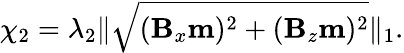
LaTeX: \chi_{2}=\lambda_{2}\| \sqrt{(\mathbf{B}_{x}\mathbf{m})^{2}+(\mathbf{B}_{z}\mathbf{m})^{2}}\| _{1}.